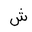
Letter: _shin